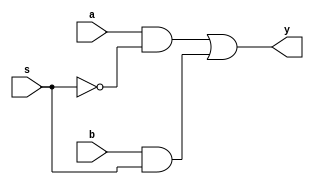
`timescale 1ns / 1ps
//////////////////////////////////////////////////////////////////////////////////
// Company: 
// Engineer: 
// 
// Design Name: 
// Module Name:    mux21data 
// Project Name: 
// Target Devices: 
// Tool versions: 
// Description: 
//
// Dependencies: 
//
// Revision: 
// Revision 0.01 - File Created
// Additional Comments: 
//
//////////////////////////////////////////////////////////////////////////////////
module mux21data(y,a,b,s);
input a,b,s;
output y;
assign y={(a&(~s))|(b&s)};
endmodule